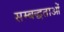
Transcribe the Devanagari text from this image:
सम्बद्धताओं